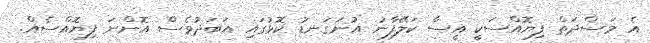
އެ މަސްދަތް ފިޔޮއްސަކީ އީސާ ކަލޭފާނު އުނަގަނޑު ކޮޅުގައި އަބަދުވެސް އޮންނަ ފިޔޮއްސެއް.